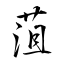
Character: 菹